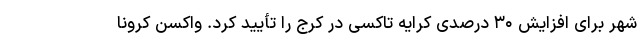
شهر برای افزایش ۳۰ درصدی کرایه تاکسی در کرج را تأیید کرد. واکسن کرونا